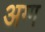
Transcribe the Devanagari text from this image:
अग्ग